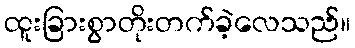
ထူးခြားစွာတိုးတက်ခဲ့လေသည်။